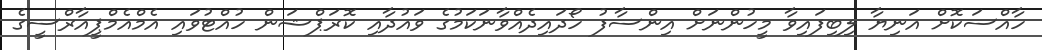
ހާއްސަކޮށް އަނިޔާ ލިބިފައިވާ މީހުންނަށް އިންސާފު ހޯދައިދެއްވާނަކަމުގެ ވައުދާއި ކޮރަޕްޝަން ހުއްޓުވައި އެމްއެމްޕީއާރްސީގެ